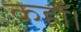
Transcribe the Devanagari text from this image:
कहाँ।